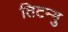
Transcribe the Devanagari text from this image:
तिटम्बु